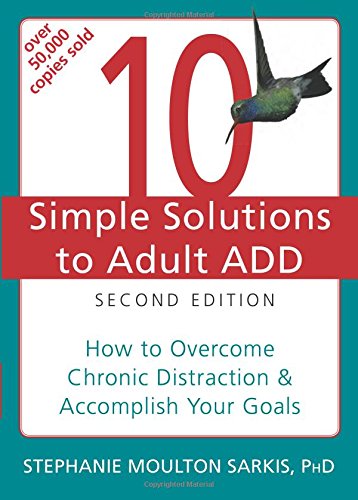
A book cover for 10 Simple Solutions to Adult ADD: How to Overcome Chronic Distraction and Accomplish Your Goals (The New Harbinger Ten Simple Solutions Series); Stephanie Moulton Sarkis PhD; Health, Fitness & Dieting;